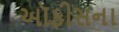
ઑફીસના